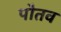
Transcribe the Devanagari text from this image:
पौतव